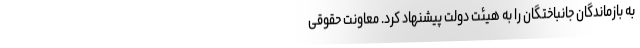
به بازماندگان جانباختگان را به هیئت دولت پیشنهاد کرد. معاونت حقوقی